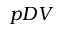
p D V